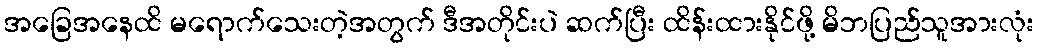
အခြေအနေထိ မရောက်သေးတဲ့အတွက် ဒီအတိုင်းပဲ ဆက်ပြီး ထိန်းထားနိုင်ဖို့ မိဘပြည်သူအားလုံး